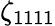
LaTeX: \zeta_{1111}